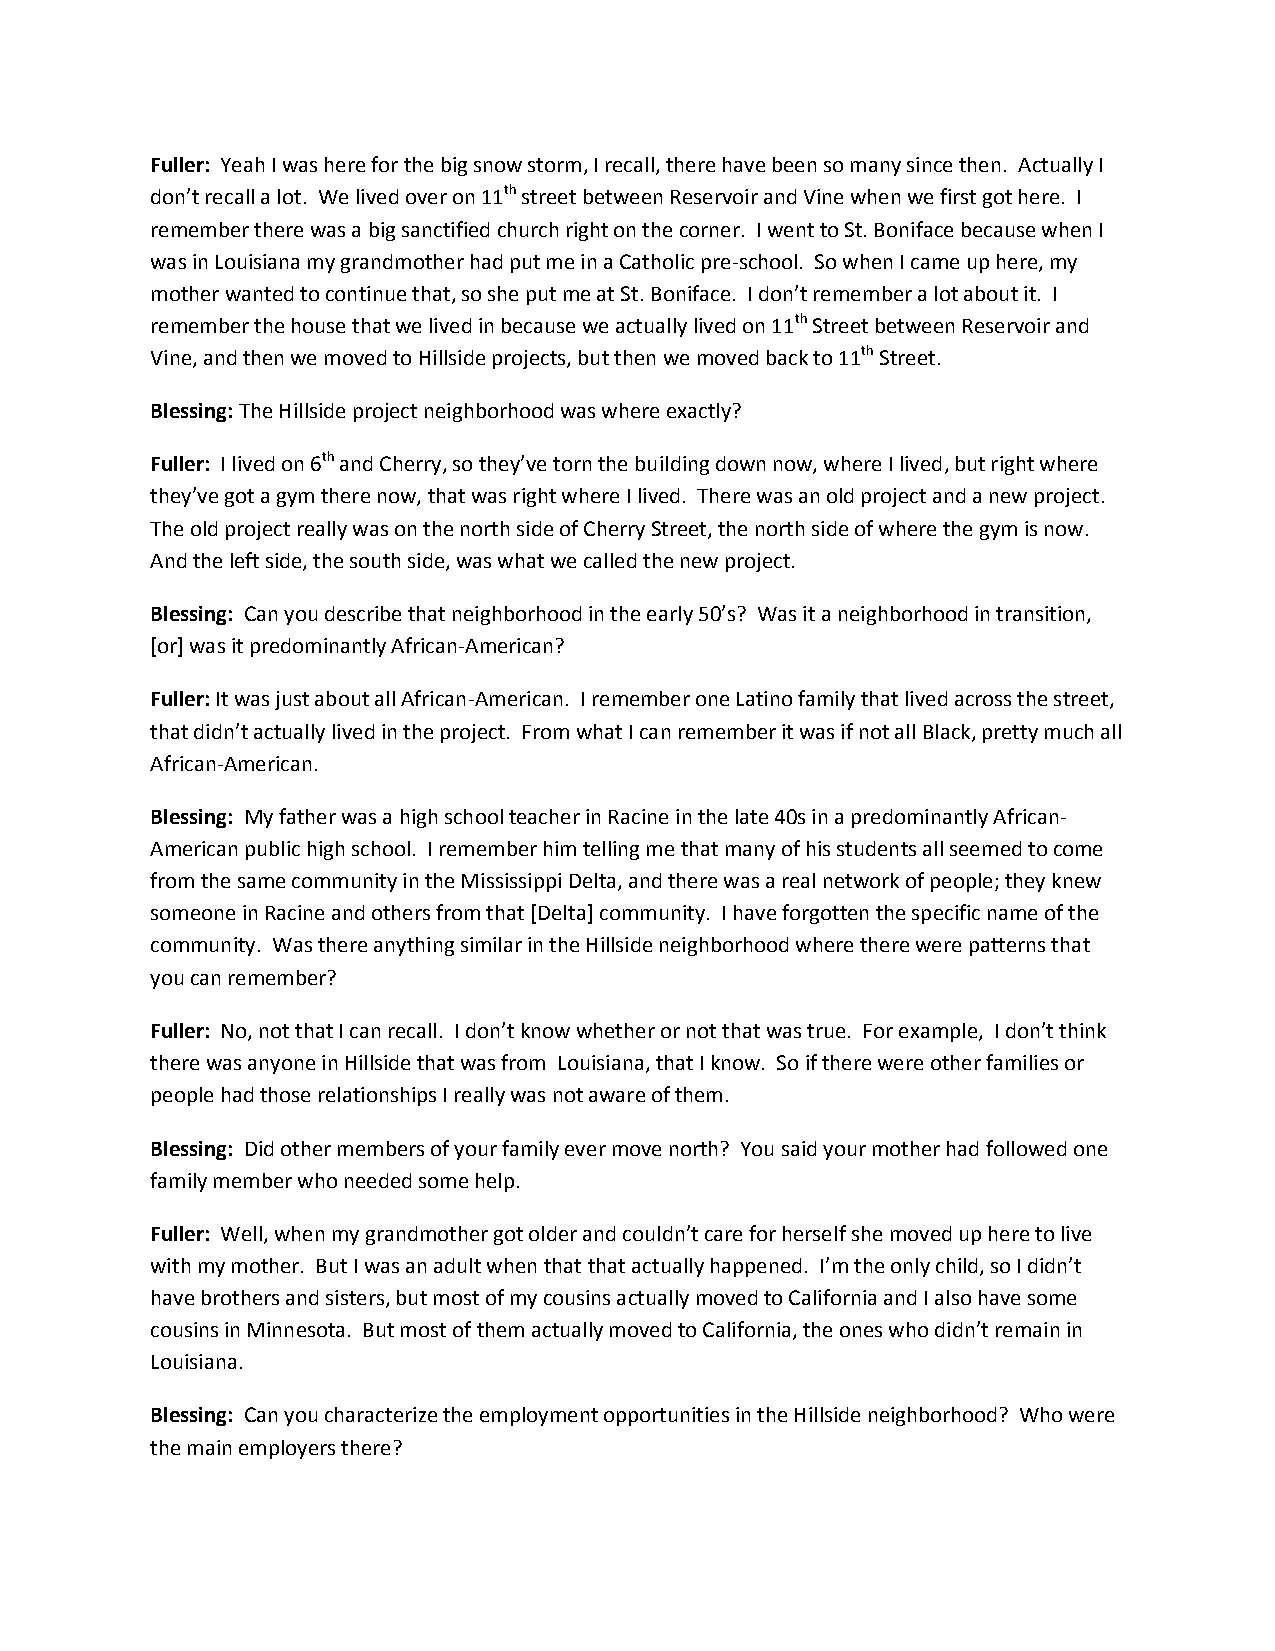
Fuller: Yeah I was here for the big snow storm, I recall, there have been so many since then. Actually I
 don’t recall a lot. We lived over on 11th street between Reservoir and Vine when we first got here. I
 remember there was a big sanctified church right on the corner. I went to St. Boniface because when I
 was in Louisiana my grandmother had put me in a Catholic pre-school. So when I came up here, my
 mother wanted to continue that, so she put me at St. Boniface. I don’t remember a lot about it. I
 remember the house that we lived in because we actually lived on 11th Street between Reservoir and
 Vine, and then we moved to Hillside projects, but then we moved back to 11th Street.
 Blessing: The Hillside project neighborhood was where exactly?
 Fuller: I lived on 6th and Cherry, so they’ve torn the building down now, where I lived, but right where
 they’ve got a gym there now, that was right where I lived. There was an old project and a new project.
 The old project really was on the north side of Cherry Street, the north side of where the gym is now.
 And the left side, the south side, was what we called the new project.
 Blessing: Can you describe that neighborhood in the early 50’s? Was it a neighborhood in transition,
 [or] was it predominantly African-American?
 Fuller: It was just about all African-American. I remember one Latino family that lived across the street,
 that didn’t actually lived in the project. From what I can remember it was if not all Black, pretty much all
 African-American.
 Blessing: My father was a high school teacher in Racine in the late 40s in a predominantly African-
 American public high school. I remember him telling me that many of his students all seemed to come
 from the same community in the Mississippi Delta, and there was a real network of people; they knew
 someone in Racine and others from that [Delta] community. I have forgotten the specific name of the
 community. Was there anything similar in the Hillside neighborhood where there were patterns that
 you can remember?
 Fuller: No, not that I can recall. I don’t know whether or not that was true. For example, I don’t think
 there was anyone in Hillside that was from Louisiana, that I know. So if there were other families or
 people had those relationships I really was not aware of them.
 Blessing: Did other members of your family ever move north? You said your mother had followed one
 family member who needed some help.
 Fuller: Well, when my grandmother got older and couldn’t care for herself she moved up here to live
 with my mother. But I was an adult when that that actually happened. I’m the only child, so I didn’t
 have brothers and sisters, but most of my cousins actually moved to California and I also have some
 cousins in Minnesota. But most of them actually moved to California, the ones who didn’t remain in
 Louisiana.
 Blessing: Can you characterize the employment opportunities in the Hillside neighborhood? Who were
 the main employers there?